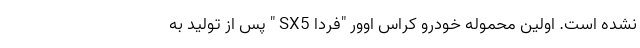
نشده است. اولین محموله خودرو کراس اوور "فردا SX5 " پس از تولید به